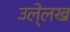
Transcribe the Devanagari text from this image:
उले्लख